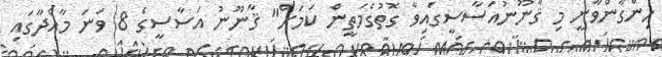
ހިންގާންވާނީ މި ޤާނޫނުއަސާސީގައިވާ ގޮތުގެމަތީން ކަމަށް" ޤާނޫނު އަސާސީގެ 8 ވަނަ މާއްދާގައި